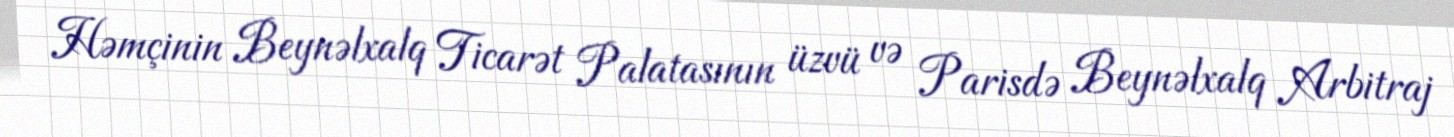
Həmçinin Beynəlxalq Ticarət Palatasının üzvü və Parisdə Beynəlxalq Arbitraj